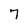
Character: 7